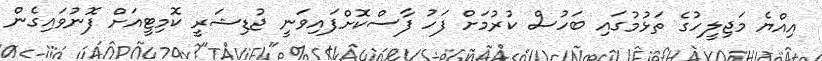
އިއްޔެ މަޖިލީހުގެ ތަޅުމުގައި ބަހުސް ކުރުމަށް ފަހު ފާސްކޮށްފައިވަނީ ޖުޑިޝަރީ ކޮމިޓީއަށް ފޮނުވައިގެން